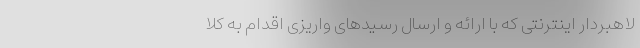
لاهبردار اینترنتی که با ارائه و ارسال رسیدهای واریزی اقدام به کلا